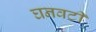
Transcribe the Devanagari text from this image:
घनवटी